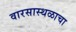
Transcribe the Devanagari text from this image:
वारसास्थळाचा